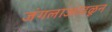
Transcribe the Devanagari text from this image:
जंगलाआढळून